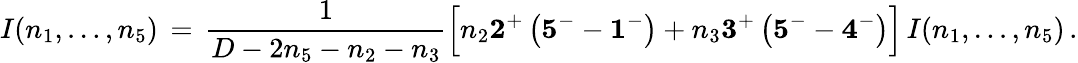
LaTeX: I(n_{1},\ldots,n_{5})\, =\, \frac{1}{D-2n_{5}-n_{2}-n_{3}}\Big[n_{2}{\mathbf 2^{+}}\left({\mathbf 5^{-}}-{\mathbf 1^{-}}\right)+n_{3}{\mathbf 3^{+}}\left({\mathbf 5^{-}}-{\mathbf 4^{-}}\right)\Big]\, I(n_{1},\ldots,n_{5})\, .